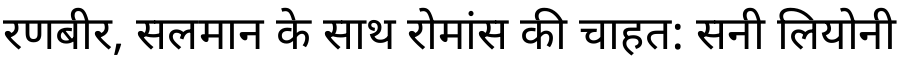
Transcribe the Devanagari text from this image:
रणबीर, सलमान के साथ रोमांस की चाहत: सनी लियोनी